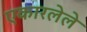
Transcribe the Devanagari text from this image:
एकारलेले